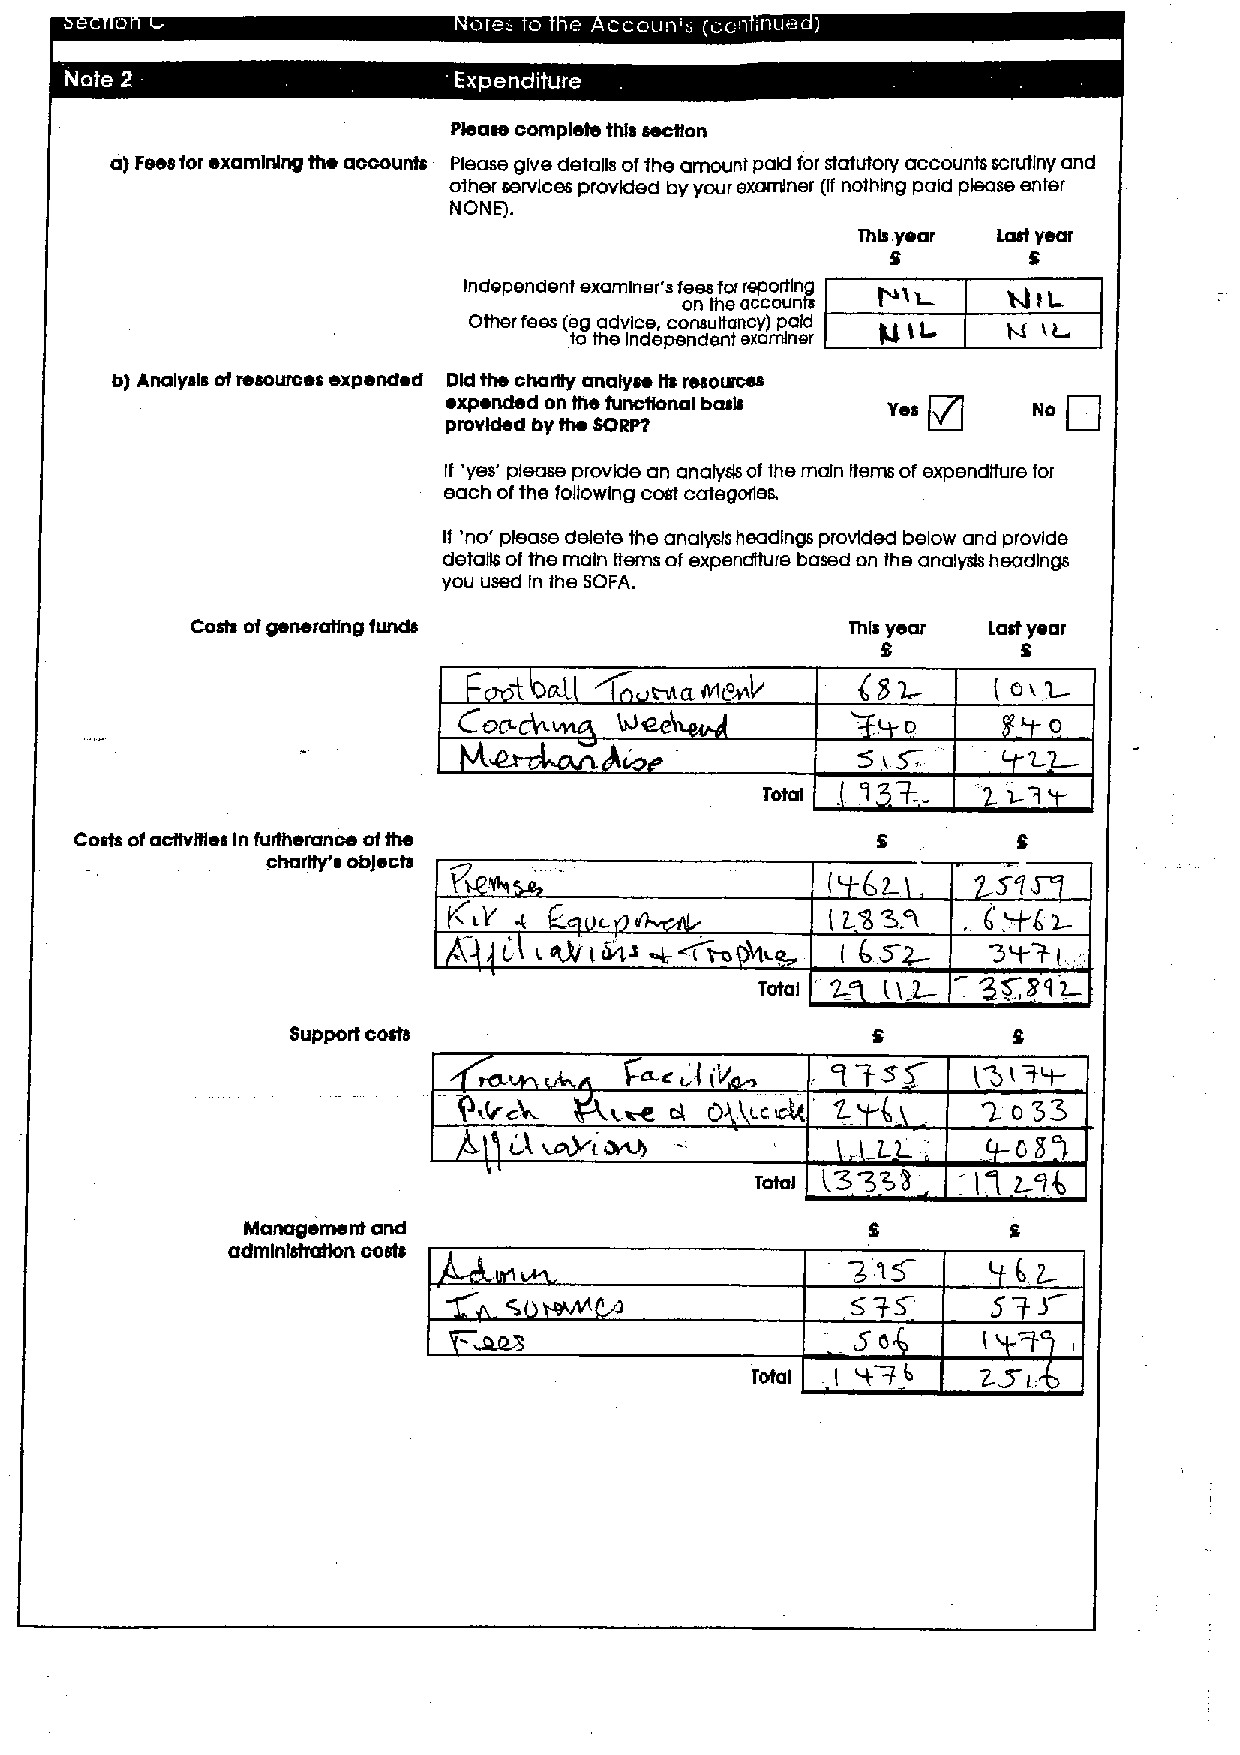
Please complete this section
 a)Feesfor examining the accounts Please give details ofthe amount paid for statutory accounts scrutiny and
 other services provided by your examiner (Ifnothing paid please enter
 NONE).
 This year Last 'year
 S        S
 Independent examiner's fees for reporting
 on the accounts
 Other fees (eg advice consultancy) paid gtt h( it
 to the Independent examiner
 b) Analysis otresources expended Dld fhe oharSy analyse lls resources g
 ~xpended on the functional basis yes   No
 provided by the SORP?
 If 'yes' please provide an analyrfs ofthe main Items ofexpenditure for
 each ofthe following cost categories.
 If 'no' please delete the analysis headings provided below and provide
 detallS ofthe main tlems cfexpenditure based on the analysh headings
 you used In the SOFA.
 Cosh ofgenerating funds                    This year Last year
 S         S
 aL     x-rra NIMS             ( Gx1
 Total
 Costs ofactivities In furtherance ofthe
 charily' ~ obJects
 liiY
 &
 L i R3/ IW& %~Iso io   (6sw
 Total 2= (I 2
 Support costs
 . qySS     (OI~&
 Tosh
 Lcalt
 accus r dvLJ)
 (3353
 94
 Total            J
 I l
 Management and
 admlnistratton costs
 5/3
 So